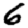
Digit: 6